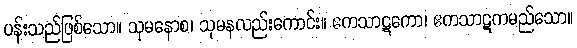
ပန်းသည်ဖြစ်သော။ သုမနောစ၊ သုမနလည်းကောင်း။ ဧကသာဋကော၊ ဧကသာဋကမည်သော။